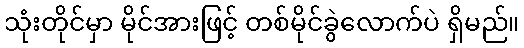
သုံးတိုင်မှာ မိုင်အားဖြင့် တစ်မိုင်ခွဲလောက်ပဲ ရှိမည်။